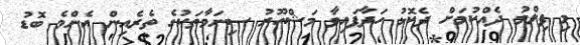
މި ފިލްމު ދެއްކުމަށް ދެކޮޅު ހަދާފައިވާ މަޝްހޫރު ސިނަމާތަކުގެ ތެރެއިން އެންމެ ބޮޑު